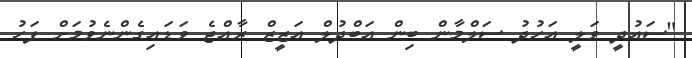
"ސައުދީ ވަލީ އަހުދު ސަލްމާން ބިން އަބްދުލް އަޒީޒް ރާއްޖެ ވަޑައިގެންނެވުމަށް ފަހު